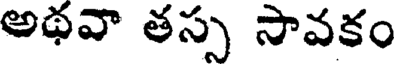
అథవా తస్స సావకం